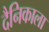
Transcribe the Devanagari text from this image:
दैनिकाला